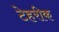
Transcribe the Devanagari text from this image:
टेहरीक